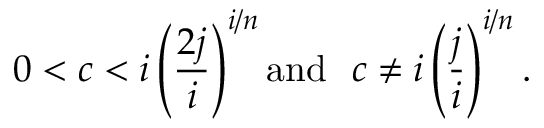
0 < c < i \left( \frac { 2 j } { i } \right) ^ { i / n } \mathrm { a n d } \ \ c \neq i \left( \frac { j } { i } \right) ^ { i / n } .